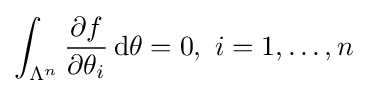
\int _{\Lambda ^{n}}{\frac {\partial f}{\partial \theta _{i}}}\,\mathrm {d} \theta =0,\ i=1,\dots ,n